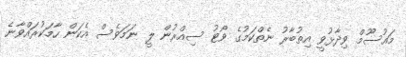
މައުސޫމް ވިދާޅުވީ އިތުބާރު ނެތްކަމުގެ ވޯޓު ސިއްރުން ލީ ނަމަވެސް އެކަން ހާމަކުރައްވާނެ